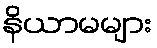
နိယာမများ